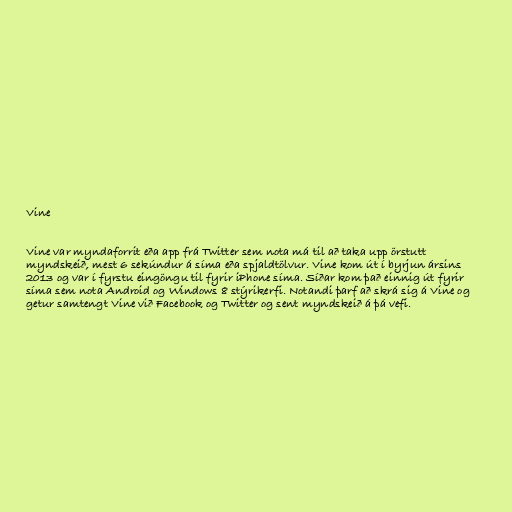
Vine

Vine var myndaforrit eða app frá Twitter sem nota má til að taka upp örstutt
myndskeið, mest 6 sekúndur á síma eða spjaldtölvur. Vine kom út í byrjun ársins
2013 og var í fyrstu eingöngu til fyrir iPhone síma. Síðar kom það einnig út fyrir
síma sem nota Android og Windows 8 stýrikerfi. Notandi þarf að skrá sig á Vine og
getur samtengt Vine við Facebook og Twitter og sent myndskeið á þá vefi.